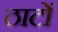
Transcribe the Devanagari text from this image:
ठाटों